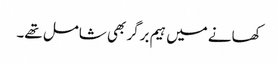
کھانے میں ہیم برگر بھی شامل تھے۔